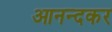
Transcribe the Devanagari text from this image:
आनन्दकर